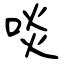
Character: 啖